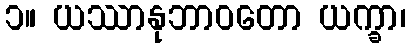
၁။ ယဿာနုဘာဝတော ယက္ခာ၊